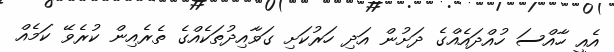
އެއީ ހާއްސަ ހުއްދައެއްގެ ދަށުން އަދި ހަރުކަށި ގަވާއިދުތަކެއްގެ ތެރެއިން ކުރެވޭ ކަމެއް